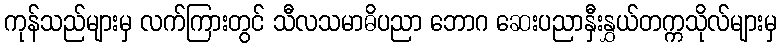
ကုန်သည်များမှ လက်ကြားတွင် သီလသမာဓိပညာ ဘောဂ ဆေးပညာနှီးနွှယ်တက္ကသိုလ်များမှ